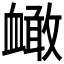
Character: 𧗐